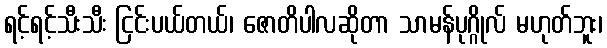
ရင့်ရင့်သီးသီး ငြင်းပယ်တယ်၊ ဇောတိပါလဆိုတာ သာမန်ပုဂ္ဂိုလ် မဟုတ်ဘူး၊